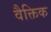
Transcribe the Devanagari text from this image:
वैक्तिक